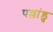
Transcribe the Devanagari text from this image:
पल्लांडु